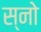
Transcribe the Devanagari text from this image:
स्‍नो